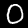
Label: 0